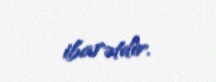
ibarətdir.